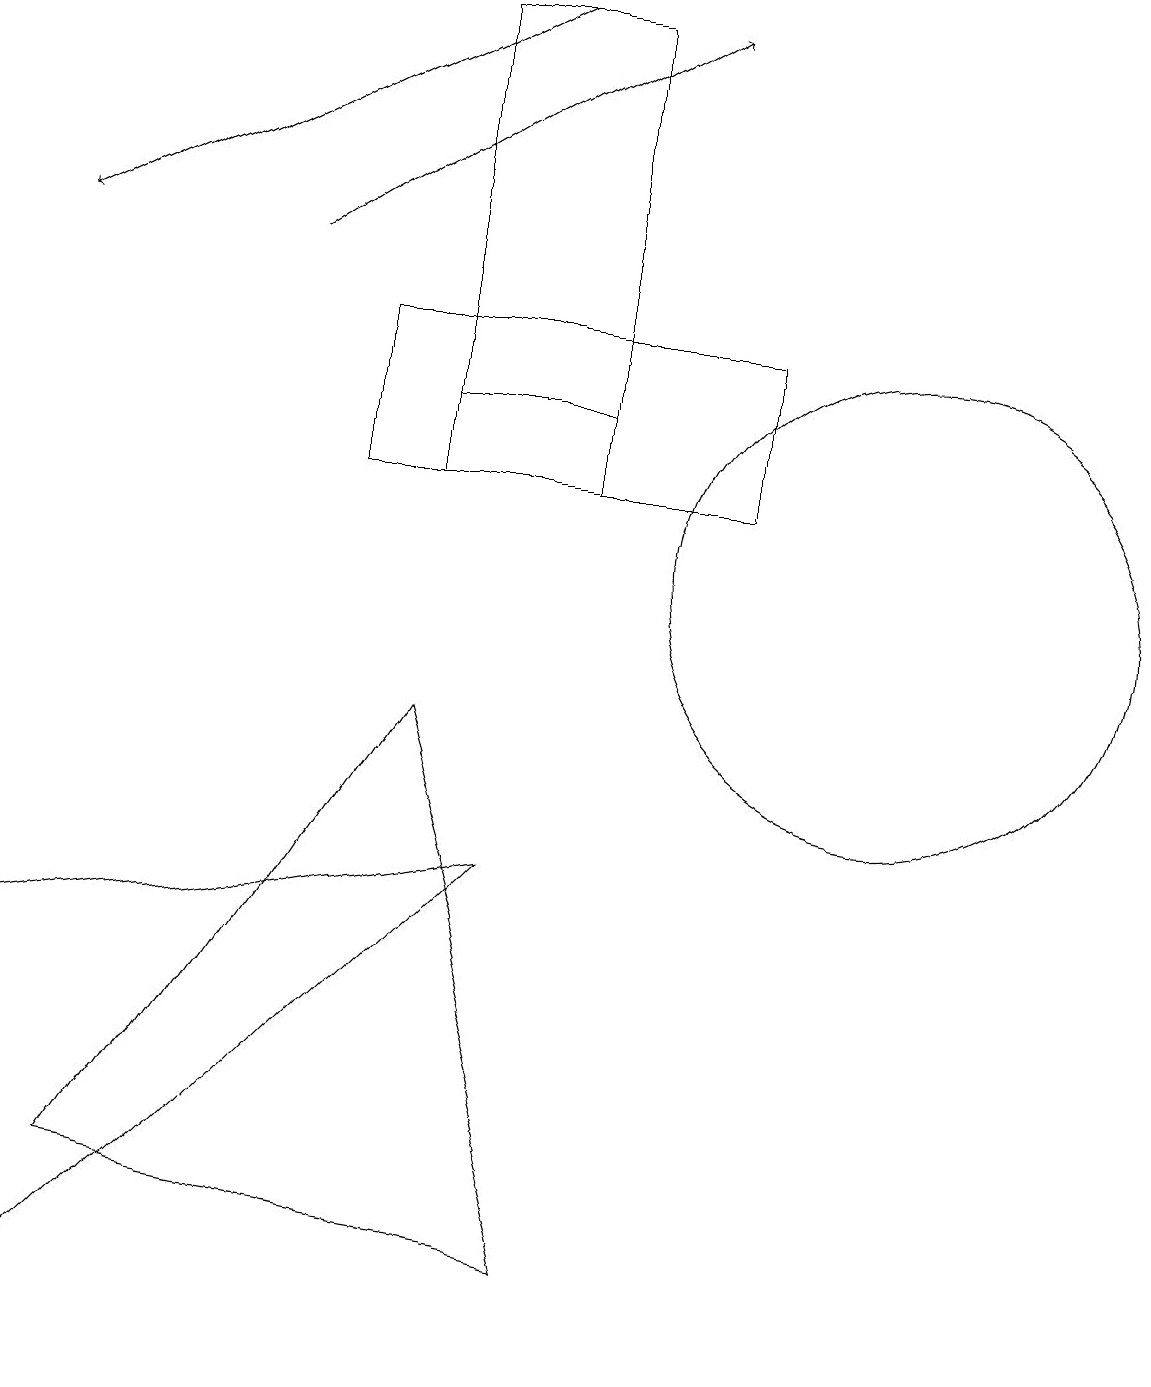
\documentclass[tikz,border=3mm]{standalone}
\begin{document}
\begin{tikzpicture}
\draw (7,14) rectangle (4,12);
\draw (1,3) -- (5,9) -- (7,2) -- cycle;
\draw (7,18) rectangle (5,13);
\draw (11,11) circle (3);
\draw[->] (3,15) -- (8,18);
\draw (9,14) rectangle (5,12);
\draw (0,6) -- (0,1) -- (6,7) -- cycle;
\draw[->] (6,18) -- (0,15);
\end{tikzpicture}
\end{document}